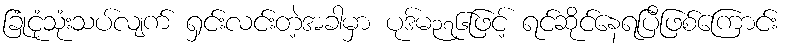
ခြုံငုံသုံးသပ်လျက် ရှင်းလင်းတဲ့အခါမှာ ပုဒ်မ၃၇၆ဖြင့် ရင်ဆိုင်နေရပြီဖြစ်ကြောင်း